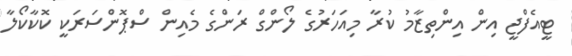
ޓީއެފްޖީ އިން އިންތިޒާމު ކުރާ މިއަހަރުގެ ލޯންގް ރަންގެ މެއިން ސްޕޮންސަރަކީ ކޮކާކޯލާ